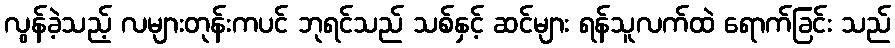
လွန်ခဲ့သည့် လများတုန်းကပင် ဘုရင်သည် သစ်နှင့် ဆင်များ ရန်သူလက်ထဲ ရောက်ခြင်း သည်